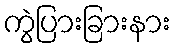
ကွဲပြားခြားနား